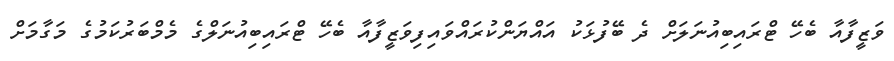
ވަޒީފާއާ ބެހޭ ޓްރައިބިއުނަލަށް ދެ ބޭފުޅަކު އައްޔަންކުރައްވައިފިވަޒީފާއާ ބެހޭ ޓްރައިބިއުނަލްގެ މެމްބަރުކަމުގެ މަގާމަށް